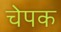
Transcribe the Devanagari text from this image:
चेपक